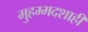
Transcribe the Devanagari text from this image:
मुहम्मदशाही